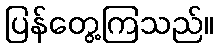
ပြန်တွေ့ကြသည်။